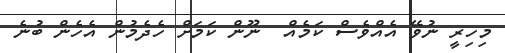
މިހިރީ ނުވޭ އެއްވެސް ކަމެއް  ނޫން ކަމަށް ހެދެމުން އެހެން ބުނެ